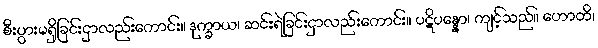
စီးပွားမရှိခြင်းငှာလည်းကောင်း။ ဒုက္ခာယ၊ ဆင်းရဲခြင်းငှာလည်းကောင်း။ ပဋိပန္နော၊ ကျင့်သည်။ ဟောတိ၊